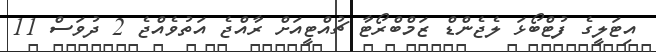
އިޓަލީގެ ފުޓްބޯޅަ ލެޖެންޑް ޒަމްބްރޯޓާ ޗުއްޓީއަށް ރާއްޖެ އަތުވެއްޖެ 2 ދުވަސް 11